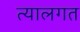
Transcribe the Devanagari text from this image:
त्यालगत